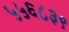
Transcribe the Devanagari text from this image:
५५६८३९